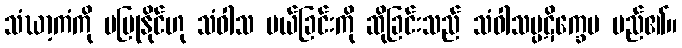
သံဃာ့ကံကို မပြုနိုင်ဟု သံဝါသ ပယ်ခြင်းကို ဆိုခြင်းသည် သံဝါသပ္ပဋိက္ခေပ မည်၏။